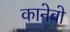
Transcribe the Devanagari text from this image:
कानेबो